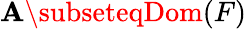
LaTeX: \mathbf{A}\subseteqDom(F)